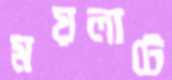
ময়লাটে